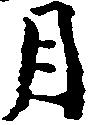
月